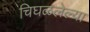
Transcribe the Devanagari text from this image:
चिघळलेल्या